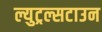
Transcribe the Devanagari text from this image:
ल्युट्रल्सटाउन